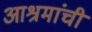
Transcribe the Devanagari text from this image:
आश्रमांची